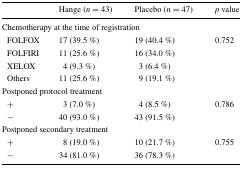
|  | Hange (n = 43) | Placebo (n = 47) | p value |
 | --- | --- | --- | --- |
 | <COLSPAN=4> Chemotherapy at the time of registration |
 | FOLFOX | 17 (39.5 %) | 19 (40.4 %) | 0.752 |
 | FOLFIRI | 11 (25.6 %) | 16 (34.0 %) |  |
 | XELOX | 4 (9.3 %) | 3 (6.4 %) |  |
 | Others | 11 (25.6 %) | 9 (19.1 %) |  |
 | <COLSPAN=4> Postponed protocol treatment |
 | + | 3 (7.0 %) | 4 (8.5 %) | 0.786 |
 | − | 40 (93.0 %) | 43 (91.5 %) |  |
 | <COLSPAN=4> Postponed secondary treatment |
 | + | 8 (19.0 %) | 10 (21.7 %) | 0.755 |
 | − | 34 (81.0 %) | 36 (78.3 %) |  |